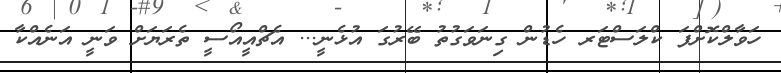
ހަވާލްކޮށްފަ ކްލަސްޓަރ ހެޑުން ގިނަވަގުތު ބޭރުގަ އުޅެނީ... އެޗްއީއޯސީ ތެރަޔަށް ވަނީ އަނެއްކާ